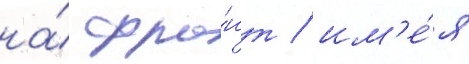
на́ фро́нт / им'е́я